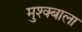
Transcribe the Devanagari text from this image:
मुश्क्बाला